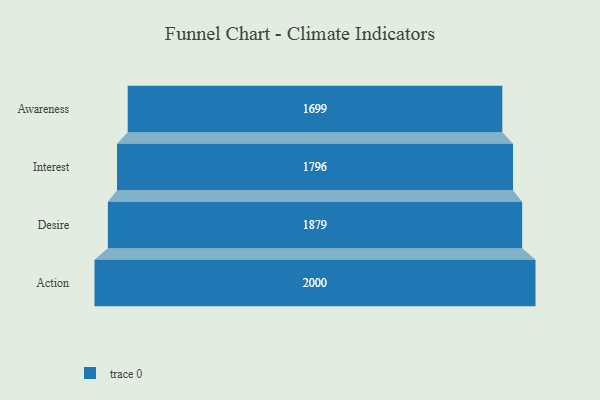
{"axis": {"x": "Stage", "y": "Value"}, "legend": [""], "data": [{"x": "Awareness", "y": 1699.0, "type": ""}, {"x": "Interest", "y": 1796.0, "type": ""}, {"x": "Desire", "y": 1879.0, "type": ""}, {"x": "Action", "y": 2000, "type": ""}]}